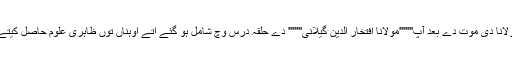
مولانا دی موت دے بعد آپ'''''''مولانا افتخار الدین گیلانی''''''' دے حلقہ درس وچّ شامل ہو گئے اتے اوہناں توں ظاہری علوم حاصل کیتے ۔